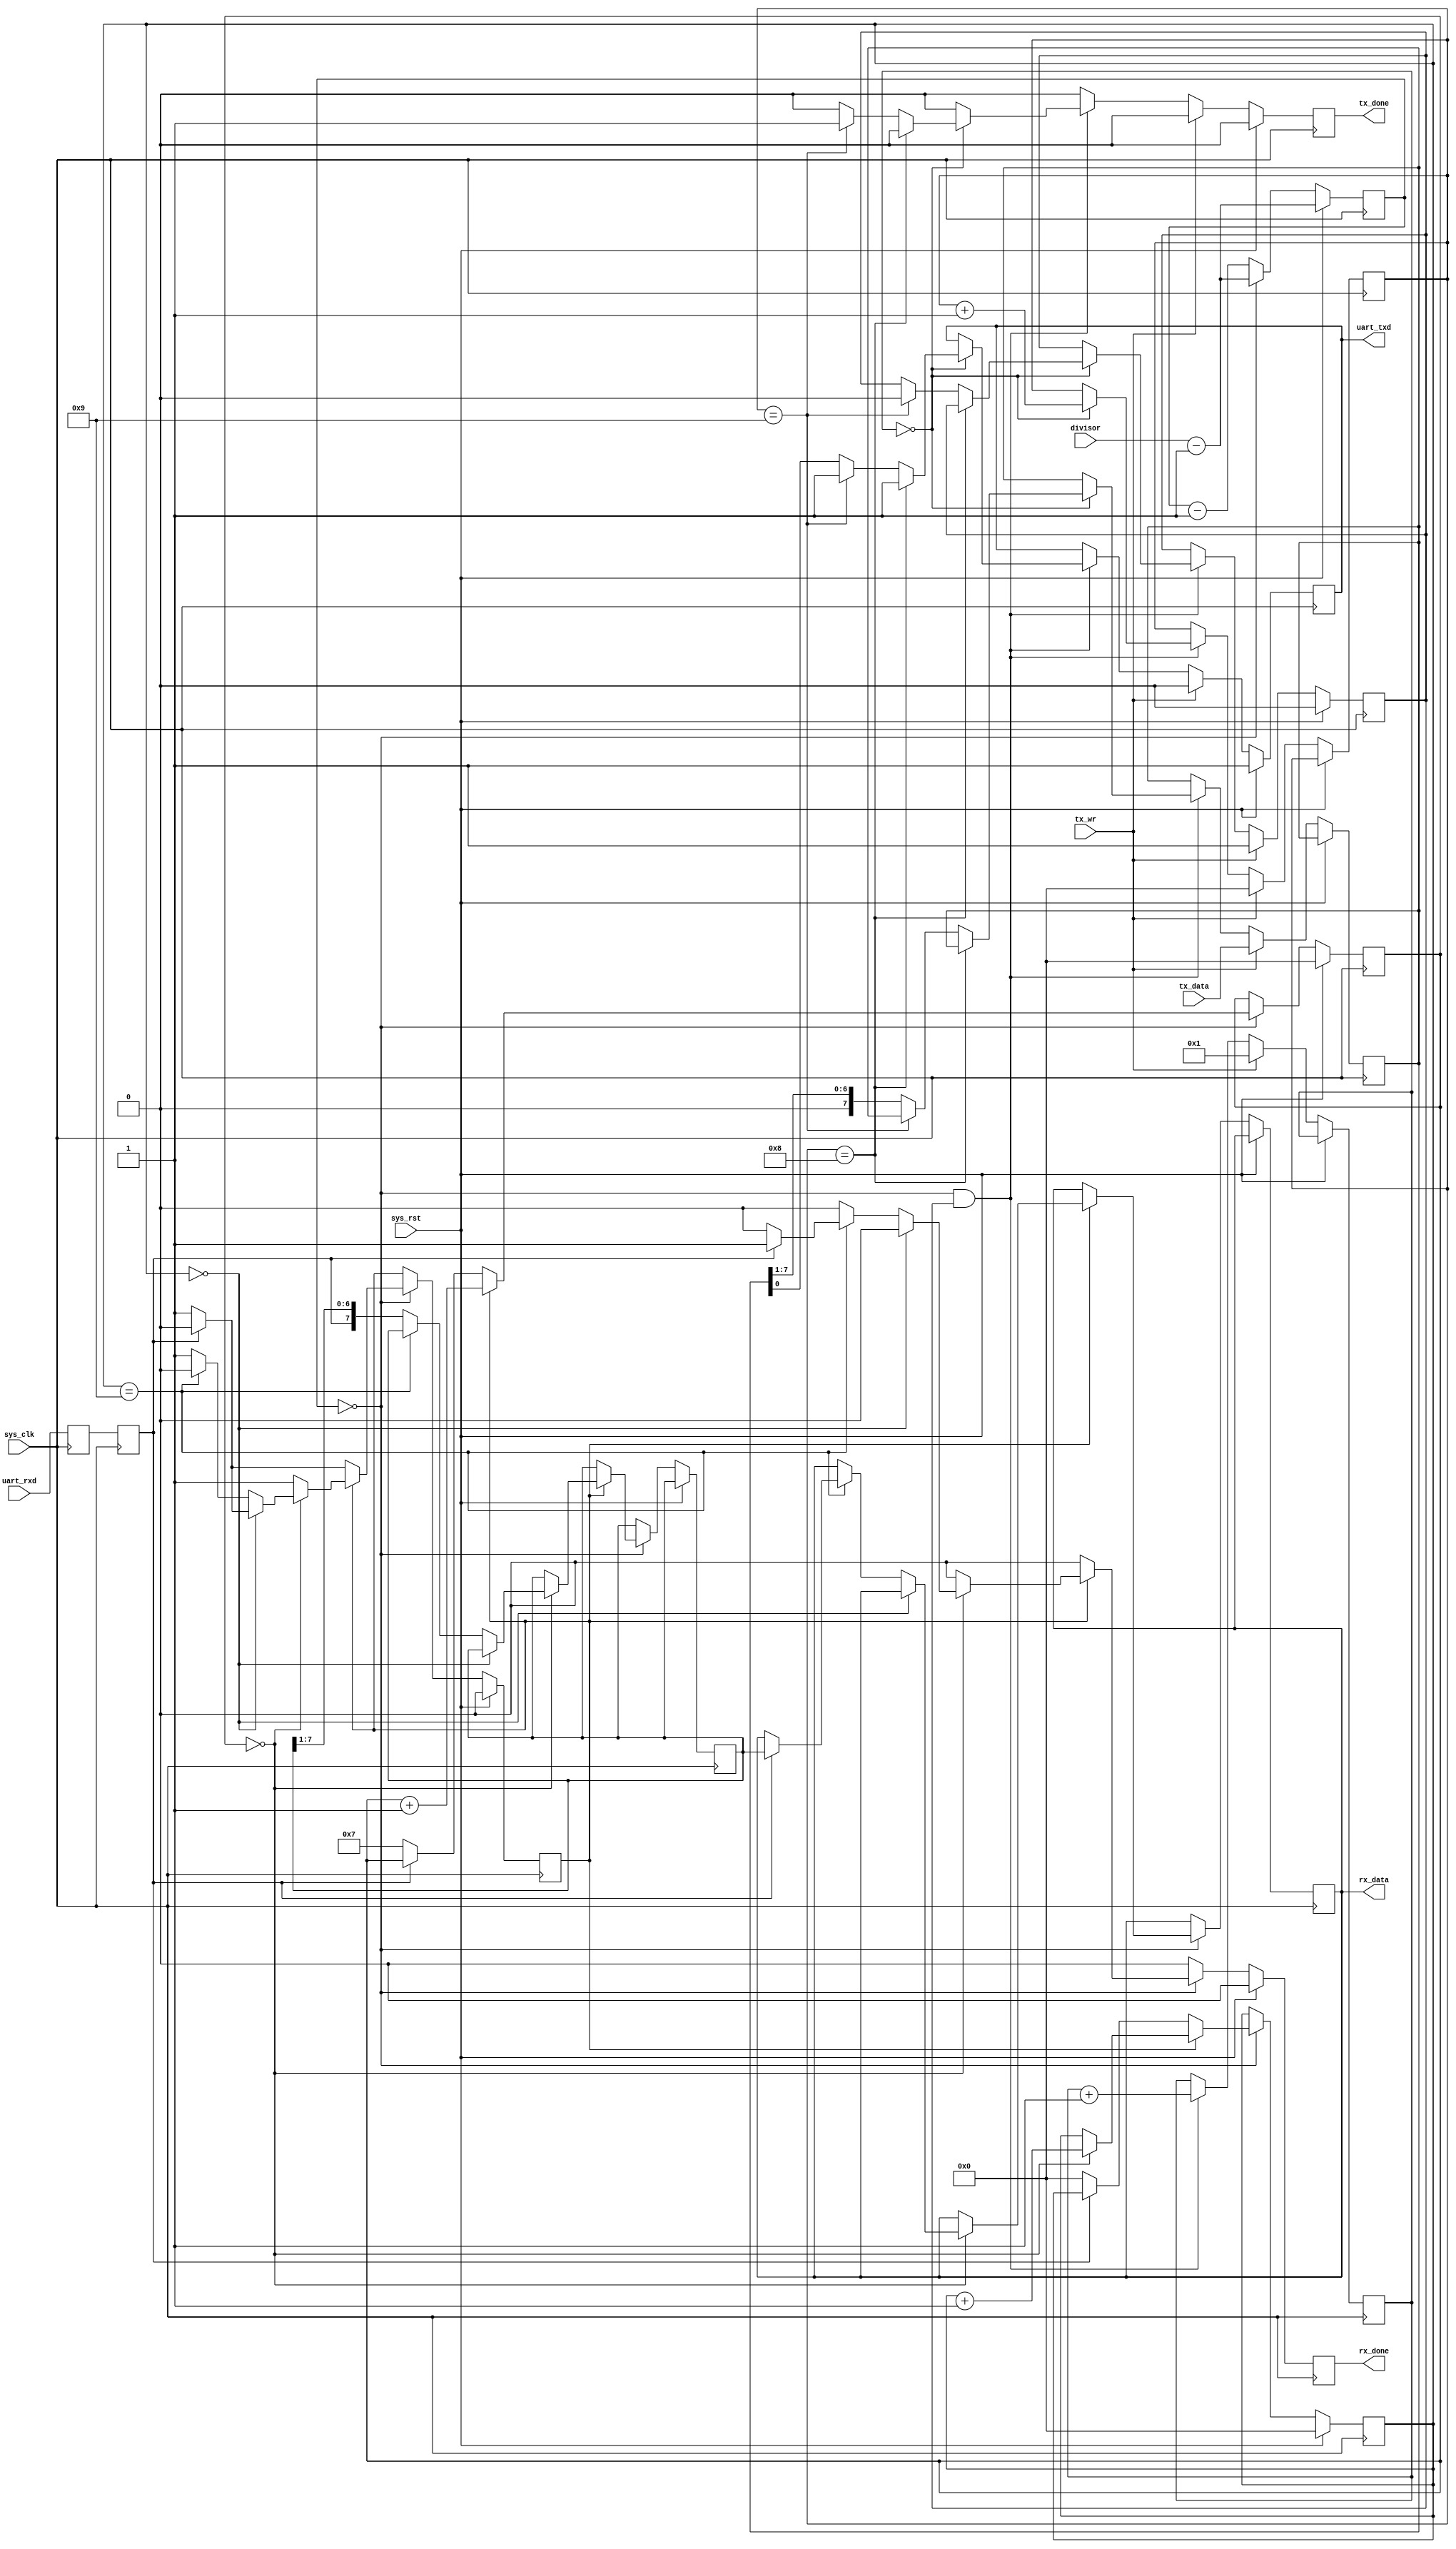
module uart_transceiver(
	input sys_rst,
	input sys_clk,

	input uart_rxd,
	output reg uart_txd,

	input [15:0] divisor,

	output reg [7:0] rx_data,
	output reg rx_done,

	input [7:0] tx_data,
	input tx_wr,
	output reg tx_done
);

//-----------------------------------------------------------------
// enable16 generator
//-----------------------------------------------------------------
reg [15:0] enable16_counter;

wire enable16;
assign enable16 = (enable16_counter == 16'd0);

always @(posedge sys_clk) begin
	if(sys_rst)
		enable16_counter <= divisor - 16'b1;
	else begin
		enable16_counter <= enable16_counter - 16'd1;
		if(enable16)
			enable16_counter <= divisor - 16'b1;
	end
end

//-----------------------------------------------------------------
// Synchronize uart_rxd
//-----------------------------------------------------------------
reg uart_rxd1;
reg uart_rxd2;

always @(posedge sys_clk) begin
	uart_rxd1 <= uart_rxd;
	uart_rxd2 <= uart_rxd1;
end

//-----------------------------------------------------------------
// UART RX Logic
//-----------------------------------------------------------------
reg rx_busy;
reg [3:0] rx_count16;
reg [3:0] rx_bitcount;
reg [7:0] rxd_reg;

always @(posedge sys_clk) begin
	if(sys_rst) begin
		rx_done <= 1'b0;
		rx_busy <= 1'b0;
		rx_count16  <= 4'd0;
		rx_bitcount <= 4'd0;
	end else begin
		rx_done <= 1'b0;

		if(enable16) begin
			if(~rx_busy) begin // look for start bit
				if(~uart_rxd2) begin // start bit found
					rx_busy <= 1'b1;
					rx_count16 <= 4'd7;
					rx_bitcount <= 4'd0;
				end
			end else begin
				rx_count16 <= rx_count16 + 4'd1;

				if(rx_count16 == 4'd0) begin // sample
					rx_bitcount <= rx_bitcount + 4'd1;

					if(rx_bitcount == 4'd0) begin // verify startbit
						if(uart_rxd2)
							rx_busy <= 1'b0;
					end else if(rx_bitcount == 4'd9) begin
						rx_busy <= 1'b0;
						if(uart_rxd2) begin // stop bit ok
							rx_data <= rxd_reg;
							rx_done <= 1'b1;
						end // ignore RX error
					end else
						rxd_reg <= {uart_rxd2, rxd_reg[7:1]};
				end
			end
		end
	end
end

//-----------------------------------------------------------------
// UART TX Logic
//-----------------------------------------------------------------
reg tx_busy;
reg [3:0] tx_bitcount;
reg [3:0] tx_count16;
reg [7:0] txd_reg;

always @(posedge sys_clk) begin
	if(sys_rst) begin
		tx_done <= 1'b0;
		tx_busy <= 1'b0;
		uart_txd <= 1'b1;
	end else begin
		tx_done <= 1'b0;
		if(tx_wr) begin
			txd_reg <= tx_data;
			tx_bitcount <= 4'd0;
			tx_count16 <= 4'd1;
			tx_busy <= 1'b1;
			uart_txd <= 1'b0;
`ifdef SIMULATION
			$display("UART:%c", tx_data);
`endif
		end else if(enable16 && tx_busy) begin
			tx_count16  <= tx_count16 + 4'd1;

			if(tx_count16 == 4'd0) begin
				tx_bitcount <= tx_bitcount + 4'd1;
				
				if(tx_bitcount == 4'd8) begin
					uart_txd <= 1'b1;
				end else if(tx_bitcount == 4'd9) begin
					uart_txd <= 1'b1;
					tx_busy <= 1'b0;
					tx_done <= 1'b1;
				end else begin
					uart_txd <= txd_reg[0];
					txd_reg  <= {1'b0, txd_reg[7:1]};
				end
			end
		end
	end
end

endmodule